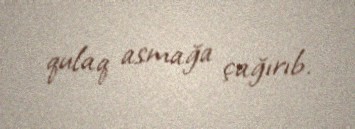
qulaq asmağa çağırıb.